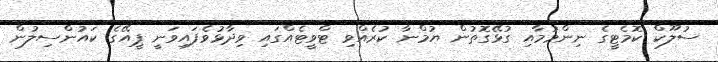
ސުލޫކް ކޮމެޓީގެ ނިންމުމާއި ގުޅޭގޮތުން ޔުމްނާ ކުރެއްވި ޓްވީޓެއްގައި ވިދާޅުވެފައިވަނީ ޕީއޭގެ ކައުންސިލުން